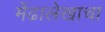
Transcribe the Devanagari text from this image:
मेंढालेखाचा